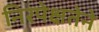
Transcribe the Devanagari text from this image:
निरपेक्षतेने